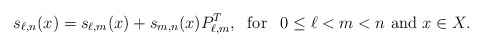
\begin{align*}s_{\ell,n}(x) = s_{\ell,m}(x) + s_{m,n}(x)P^{T}_{\ell,m}, \textrm{\; for \, } 0\leq \ell < m < n \textrm{ and } x\in X. \end{align*}